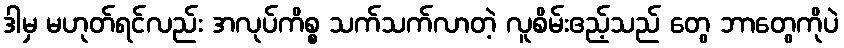
ဒါမှ မဟုတ်ရင်လည်း အလုပ်ကိစ္စ သက်သက်လာတဲ့ လူစိမ်းဧည့်သည် တွေ ဘာတွေကိုပဲ